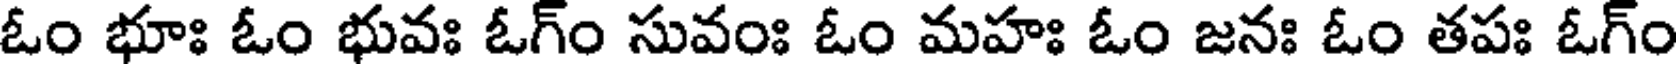
ఓం భూః ఓం భువః ఓగ్ం సువంః ఓం మహః ఓం జనః ఓం తపః ఓగ్ం